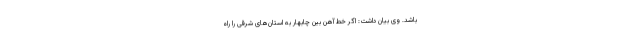
باشد. وی بیان داشت: اگر خط آهن بین چابهار به استان‌های شرقی را راه